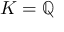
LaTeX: K = \mathbb { Q }